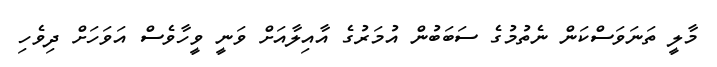
މާލީ ތަނަވަސްކަން ނެތުމުގެ ސަބަބުން އުމަރުގެ އާއިލާއަށް ވަނީ ވީހާވެސް އަވަހަށް ދިވެހި